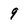
Character: 9